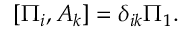
[ \Pi _ { i } , A _ { k } ] = \delta _ { i k } \Pi _ { 1 } .